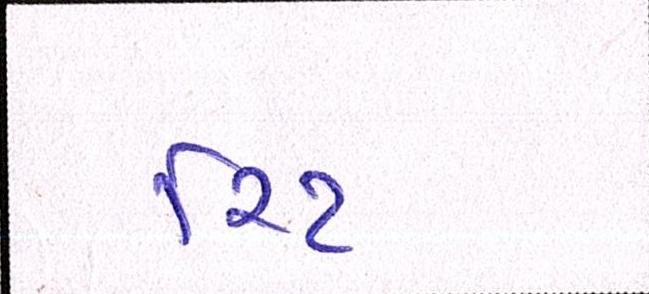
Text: રિટ